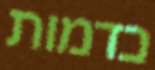
כדמות